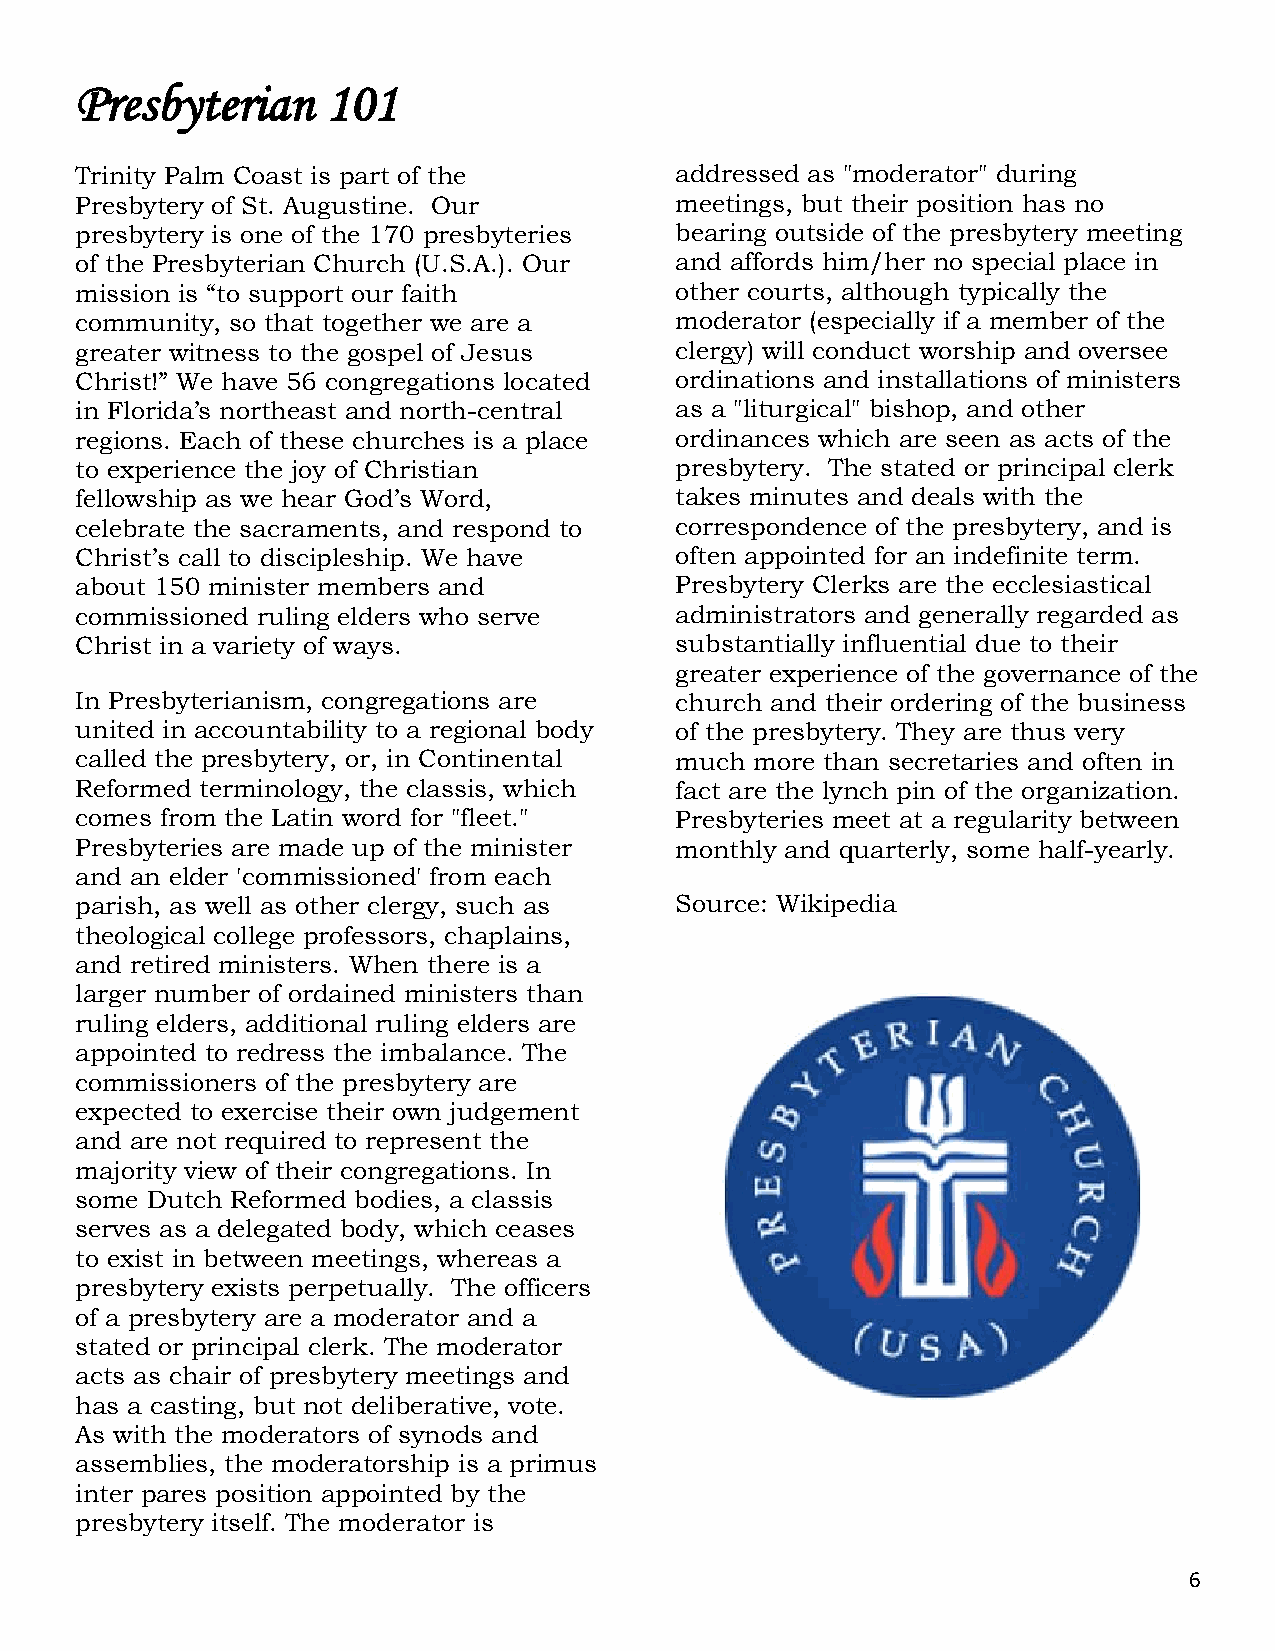
Presbyterian     101
 Trinity Palm Coast is part of the       addressed as "moderator" during
 Presbytery of St. Augustine. Our        meetings, but their position has no
 presbytery is one of the 170 presbyteries bearing outside of the presbytery meeting
 of the Presbyterian Church (U.S.A.). Our and affords him/her no special place in
 mission is “to support our faith        other courts, although typically the
 community, so that together we are a    moderator (especially if a member of the
 greater witness to the gospel of Jesus  clergy) will conduct worship and oversee
 Christ!” We have 56 congregations located ordinations and installations of ministers
 in Florida’s northeast and north-central as a "liturgical" bishop, and other
 regions. Each of these churches is a place ordinances which are seen as acts of the
 to experience the joy of Christian      presbytery. The stated or principal clerk
 fellowship as we hear God’s Word,       takes minutes and deals with the
 celebrate the sacraments, and respond to correspondence of the presbytery, and is
 Christ’s call to discipleship. We have  often appointed for an indefinite term.
 about 150 minister members and          Presbytery Clerks are the ecclesiastical
 commissioned ruling elders who serve    administrators and generally regarded as
 Christ in a variety of ways.            substantially influential due to their
 greater experience of the governance of the
 In Presbyterianism, congregations are   church and their ordering of the business
 united in accountability to a regional body of the presbytery. They are thus very
 called the presbytery, or, in Continental much more than secretaries and often in
 Reformed terminology, the classis, which fact are the lynch pin of the organization.
 comes from the Latin word for "fleet."  Presbyteries meet at a regularity between
 Presbyteries are made up of the minister monthly and quarterly, some half-yearly.
 and an elder 'commissioned' from each
 parish, as well as other clergy, such as Source: Wikipedia
 theological college professors, chaplains,
 and retired ministers. When there is a
 larger number of ordained ministers than
 ruling elders, additional ruling elders are
 appointed to redress the imbalance. The
 commissioners of the presbytery are
 expected to exercise their own judgement
 and are not required to represent the
 majority view of their congregations. In
 some Dutch Reformed bodies, a classis
 serves as a delegated body, which ceases
 to exist in between meetings, whereas a
 presbytery exists perpetually. The officers
 of a presbytery are a moderator and a
 stated or principal clerk. The moderator
 acts as chair of presbytery meetings and
 has a casting, but not deliberative, vote.
 As with the moderators of synods and
 assemblies, the moderatorship is a primus
 inter pares position appointed by the
 presbytery itself. The moderator is
 6